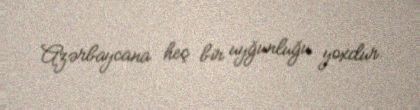
Azərbaycana heç bir uyğunluğu yoxdur.